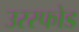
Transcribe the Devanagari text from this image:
उरस्फोड